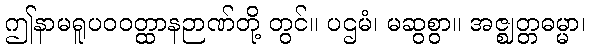
ဤနာမရူပဝဝတ္ထာနဉာဏ်တို့ တွင်။ ပဌမံ၊ မဆွစွာ။ အဇ္ဈတ္တဓမ္မာ၊